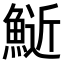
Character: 𫙧